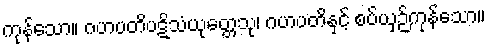
ကုန်သော။ ဂဟပတိပဋိသံယုတ္တေသု၊ ဂဟပတိနှင့် စပ်ယှဉ်ကုန်သော။